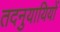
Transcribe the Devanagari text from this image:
तदनुयायियों